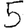
Digit: 5